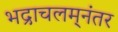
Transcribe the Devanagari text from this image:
भद्राचलम्‌नंतर